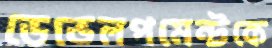
ডেভেলপমেন্টকে